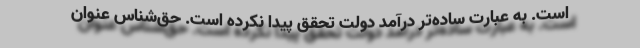
است. به عبارت ساده‌تر درآمد دولت تحقق پیدا نكرده است. حق‌شناس عنوان